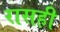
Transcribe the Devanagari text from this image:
रासही